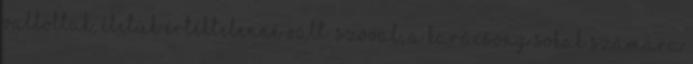
vallottak, életük értéktelenné vált. Szóval, a karácsony sokak számára